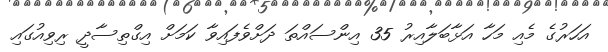
އަހަރުގެ މެއި މަހާ އަޅާބަލާއިރު 35 އިންސައްތަ ދަށްވެފައިވާ ކަމަށް އިގްތިސާދީ ރިވިއުގައި